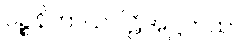
ပဉ္စနိကာယပါဠိအဋ္ဌကထာ